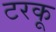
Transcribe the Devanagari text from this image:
टरकू